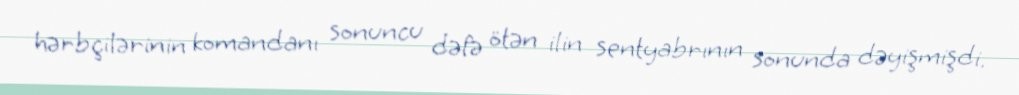
hərbçilərinin komandanı sonuncu dəfə ötən ilin sentyabrının sonunda dəyişmişdi.